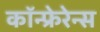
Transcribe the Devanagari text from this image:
कॉन्फ्रेरेन्स